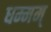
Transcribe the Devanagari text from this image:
धम्मम्